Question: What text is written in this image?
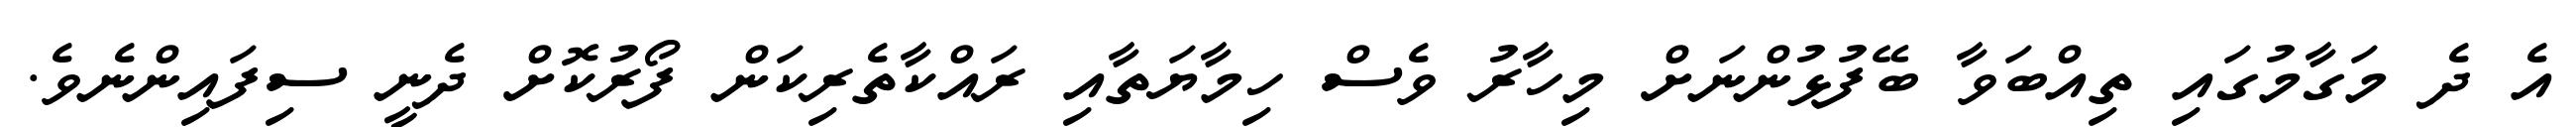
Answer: އެ ދެ މަގާމުގައި ތިއްބަވާ ބޭފުޅުންނަށް މިހާރު ވެސް ހިމާޔަތާއި ރައްކާތެރިކަން ފޯރުކޮށް ދެނީ ސިފައިންނެވެ.